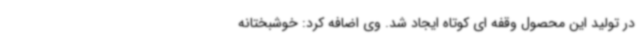
در تولید این محصول وقفه ای کوتاه ایجاد شد. وی اضافه کرد: خوشبختانه